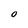
Character: 0